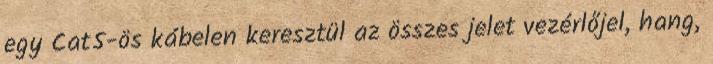
egy Cat5-ös kábelen keresztül az összes jelet vezérlőjel, hang,